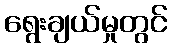
ရွေးချယ်မှုတွင်